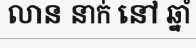
លាន នាក់ នៅ ឆ្នាំ